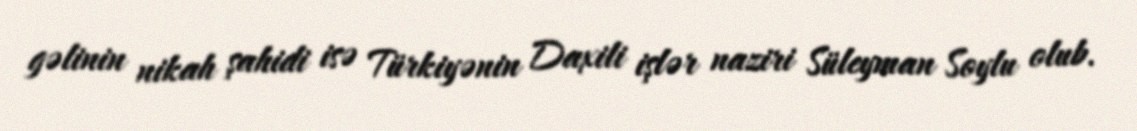
gəlinin nikah şahidi isə Türkiyənin Daxili işlər naziri Süleyman Soylu olub.